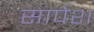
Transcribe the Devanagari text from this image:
सापेश